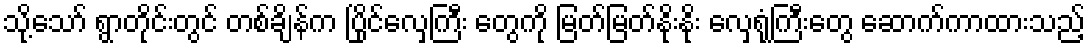
သို့သော် ရွာတိုင်းတွင် တစ်ချိန်က ပြိုင်လှေကြီး တွေကို မြတ်မြတ်နိုးနိုး လှေရုံကြီးတွေ ဆောက်ကာထားသည့်